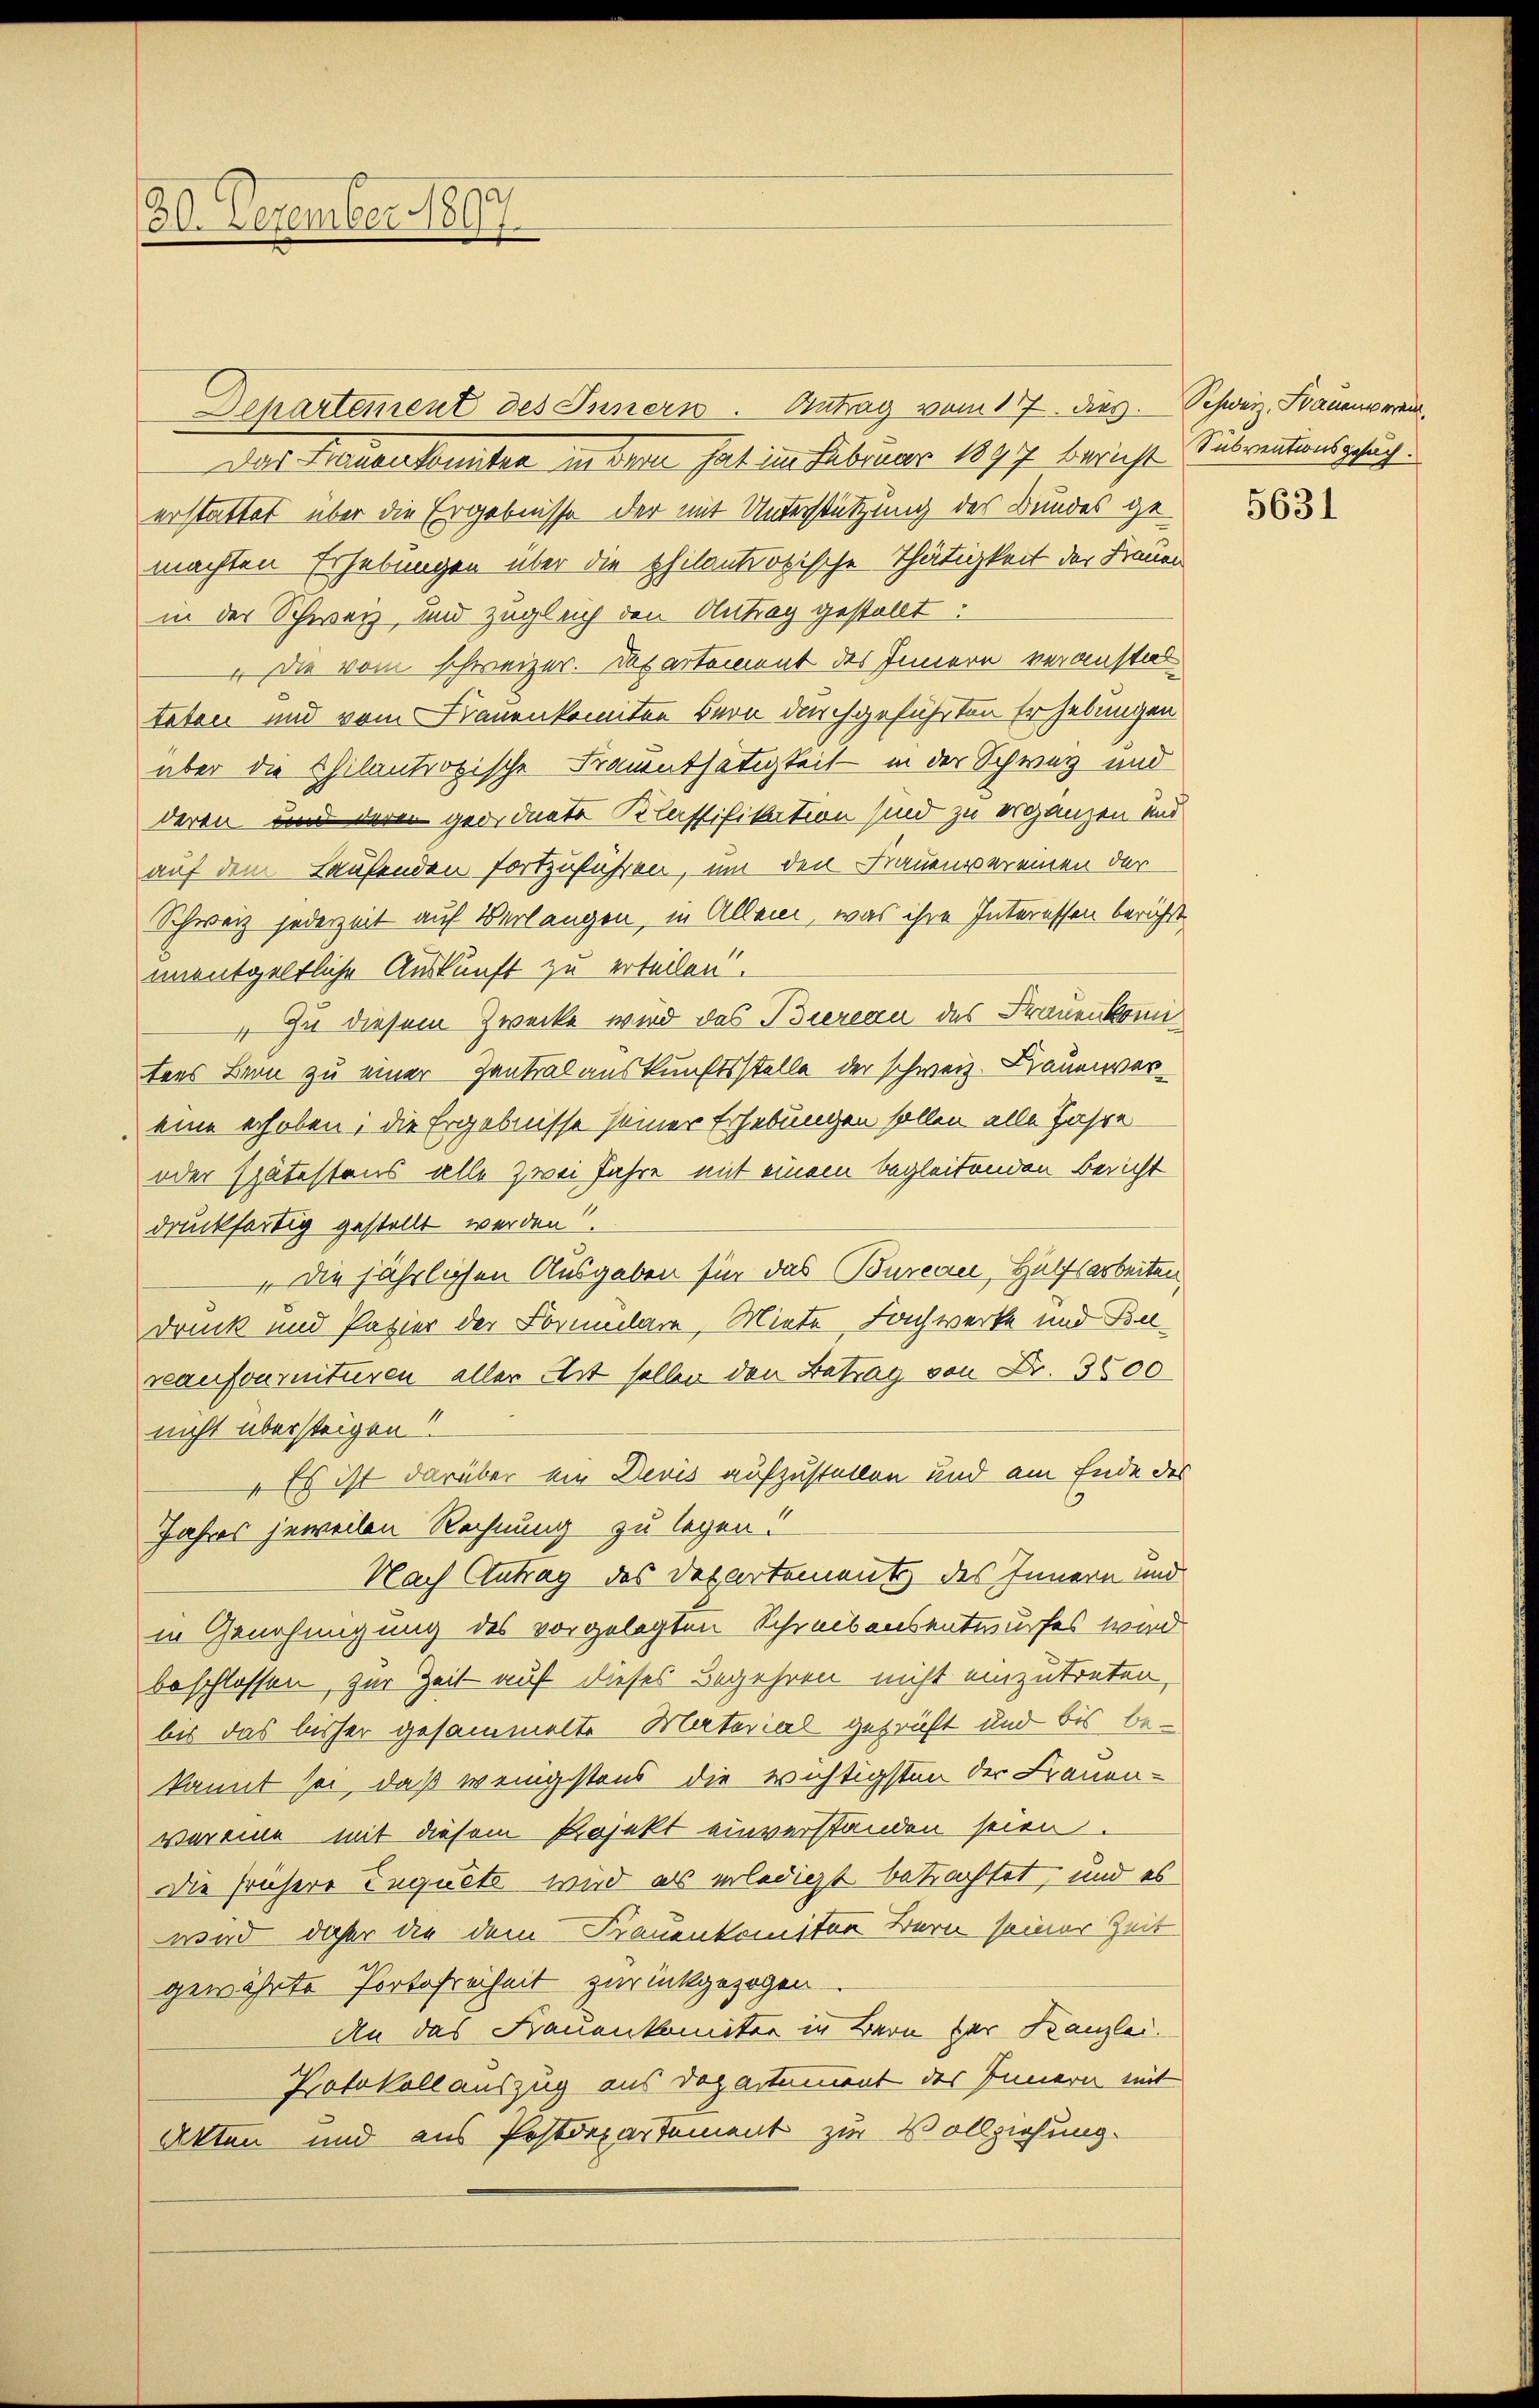
30. Dezember 1897.

Departement des Innern. Antrag vom 17. dies. Schweiz. Frauenvern
Das Frauenkonnten in dem hat im Februar 1897 bericht Subventionsgesuch.
erstattet über die Ergebnisse der mit Unterstützung des Bundes gemachten Erhebungen über die philantropische Thätigkeit der Frauen
in der Schweiz, und zugleich den Antrag gestellt:
 die vom schweizer. Departement des Innern veranstal
teten und vom Frauenkomiten Herr durchgeführten Erhebungen
über die Chilantropische Frauenthätigkeit in der Schweiz und
deren und der geordnete Klassifikation sind zu ergänzen und
auf dem Laufenden fortzuführen, um den Frauensvereinen der
Schweiz jederzeit auf Verlangen, in Allem, was ihre Interessen bericht
unentgeltliche Auskunft zu erteilen.
 Zu diesem Zwecke wird das Biereau des Frauenkomitens Bern zu einer Zentral auskunftsstelle der schweiz. Brauenvereine erhoben; die Ergebnisse seiner Erhebungen sollen alle Jahre
oder spätestens alle Zwei Jahre mit einem begleitenden Bericht
druckfertig gestellt werden
„die jährlichen Ausgaben für das Bureau, Hülfsarbeiten,
Druck und Patier der Formulare, Miete, Fachwerke und Bureaufournituren aller Art selben den Betrag von Dr. 3000
nicht übersteigen!
„Es ist darüber ein Devis aufzustellen und am Ende des
Jahres jeweilen Rechnung zu legen!
Nach Antrag des Departements des Innern und
in Genehmigung des vorgelegten Schreibensentwurfes wird
beschlossen, zur Zeit auf dieses Begehren nicht einzutreten
bis das bisher gesammelte Material geprüft und bis bekannt sei, daß wenigstens die wichtigsten der Frauen-
vereine mit diesem Projekt einverstanden seien.
Die frühere Inquete wird als erledigt betrachtet, und es
wird daher die dem Frauenkomiten Bern seiner Zeit
gewährte Portofreiheit zurückgezogen
An das Frauenkomitee in Bern der Kanzlei.
Protokoll auszug aus Departement des Innern mit
Akten und aus Postdepartement zur Vollziehung.

5631